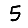
Digit: 5